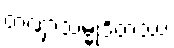
တဏှာသမ္မုဒိတဿ